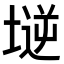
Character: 𡏤